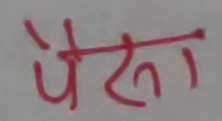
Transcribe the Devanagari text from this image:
पैसा